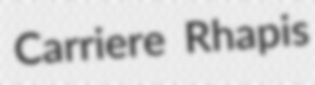
Carriere Rhapis